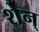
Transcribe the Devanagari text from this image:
शेन्